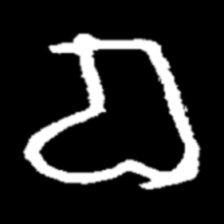
Pyu character \u2014 Myanmar letter: စ (romanized: ca)